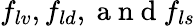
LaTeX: f_{lv},f_{ld},\mathrm{~a~n~d~}f_{ls}